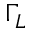
\Gamma _ { L }